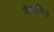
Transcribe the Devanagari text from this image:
देवोनिया